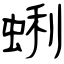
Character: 蜊